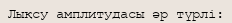
Лықсу амплитудасы әр түрлі: